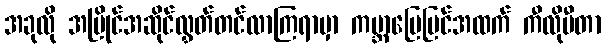
အခုလို အပြိုင်အဆိုင်လွှတ်တင်လာကြရာမှာ ကမ္ဘာမြေပြင်အထက် ကီလိုမီတာ